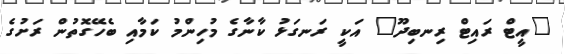
"އީޓް ރައިޓް ރިނބިދޫ" އަކީ ރަނގަޅު ކާނާގެ މުހިންމު ކަމާއި ބެހޭގޮތުން ރަށުގެ